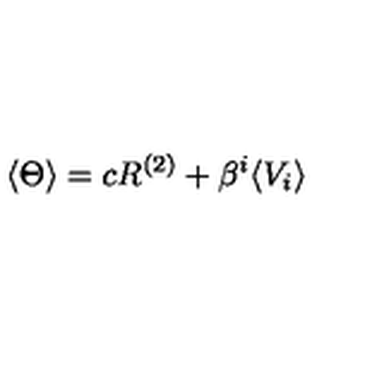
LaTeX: \langle \Theta \rangle = c R ^ { ( 2 ) } + \beta ^ { i } \langle V _ { i } \rangle